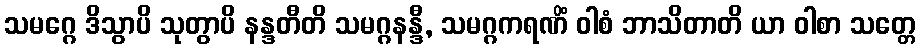
သမဂ္ဂေ ဒိသွာပိ သုတွာပိ နန္ဒတီတိ သမဂ္ဂနန္ဒီ, သမဂ္ဂကရဏိံ ဝါစံ ဘာသိတာတိ ယာ ဝါစာ သတ္တေ